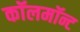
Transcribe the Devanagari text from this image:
कॉलमॉन्ट